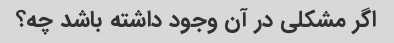
اگر مشکلی در آن وجود داشته باشد چه؟